Indian journal of veterinary science and animal husbandry - Volume 7,
Year: 1937
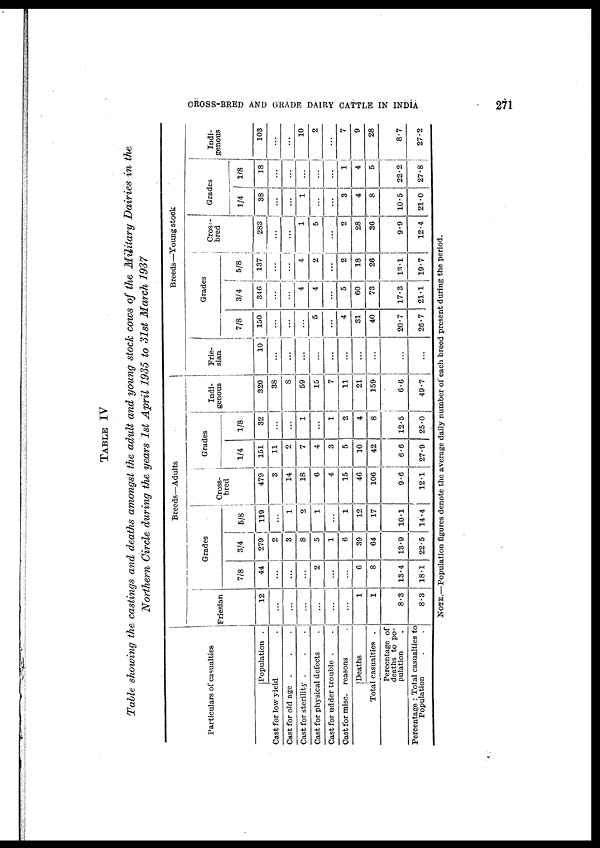
CROSS-BRED AND GRADE DAIRY CATTLE IN INDIA
271
TABLE IV
Table showing the castings and deaths amongst the adult and young stock cows of the Military Dairies in the
Northern Circle during the years 1st April 1935 to 31st March 1937
Particulars of casualties
Population .
Cast for low yield .
Cast for old age . . .
Cast for sterility . . .
Cast for physical defects .
Cast for udder trouble . .
Cast for misc. reasons .
Deaths
Total casualties .
Percentage of
deaths to po-
pulation .
Percentage : Total casualties to
Population . .
Breeds—Adults
Friesian
12
...
...
...
...
...
..
1
1
8.3
8.3
7/8
44
...
...
...
2
...
...
6
8
13.4
18.1
Grades
3/4
279
2
3
8
5
1
6
39
64
13.9
22.5
5/8
119
...
1
2
1
...
1
12
17
10.1
14.4
Cross-
bred
479
3
14
18
6
4
15
46
106
9.6
12.1
Grades
1/4
151
11
2
7
4
3
5
10
42
6.6
27.9
1/8
32
...
...
1
...
1
2
4
8
12.5
25.0
Indi-
genous
320
38
8
59
15
7
11
21
159
6.6
49.7
Breeds—Young stock
Frie-
sian
10
...
...
...
...
...
...
...
...
...
...
7/8
150
...
...
...
5
...
4
31
40
20.7
26.7
Grades
3/4
346
...
...
4
4
...
5
60
73
17.3
21.1
5/8
137
...
...
4
2
...
2
18
26
13.1
19.7
Cross-
bred
283
...
...
1
5
...
2
28
36
9.9
12.4
Grades
1/4
38
...
...
1
...
...
3
4
8
10.5
21.0
1/8
18
...
...
...
...
...
1
4
5
22.2
27.8
Indi-
genous
103
...
...
10
2
...
7
9
28
8.7
27.2
NOTE.—Population figures denote the average daily number of each breed present during the period.